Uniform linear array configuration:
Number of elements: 48
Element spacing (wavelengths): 0.5
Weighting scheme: kaiser
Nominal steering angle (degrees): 15
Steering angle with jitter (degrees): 15.028
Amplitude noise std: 0.05
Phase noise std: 0.05

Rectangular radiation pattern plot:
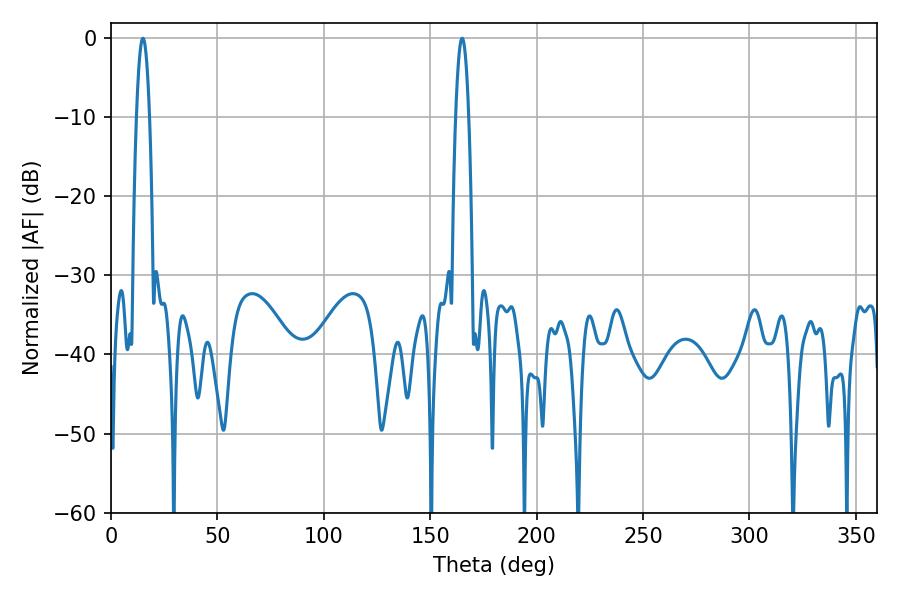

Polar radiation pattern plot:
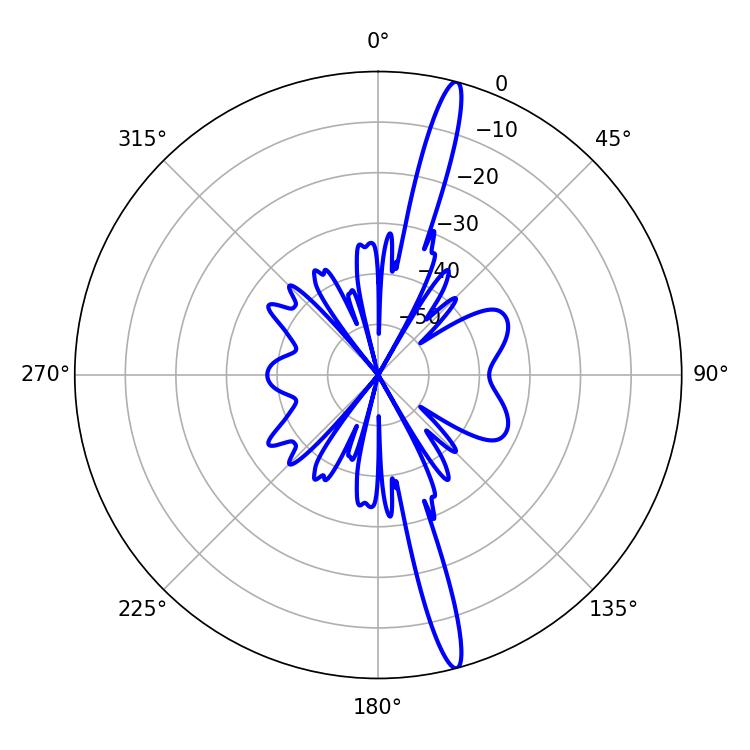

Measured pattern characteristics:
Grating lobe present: FALSE
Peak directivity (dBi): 17.76
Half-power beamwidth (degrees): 3.42
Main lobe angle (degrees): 14.94